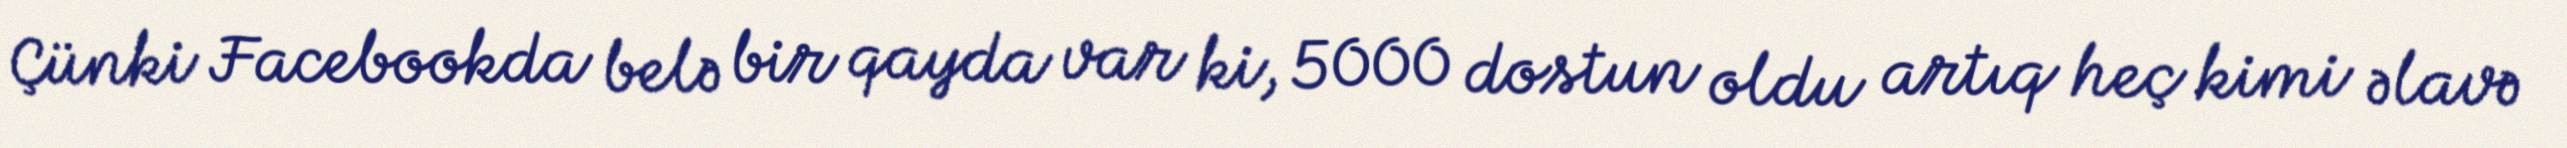
Çünki Facebookda belə bir qayda var ki, 5000 dostun oldu artıq heç kimi əlavə